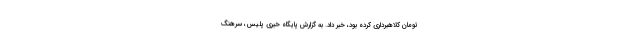
تومان کلاهبرداری کرده بود، خبر داد. به گزارش پایگاه خبری پلیس، سرهنگ